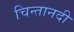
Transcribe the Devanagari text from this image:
चिन्तानदी